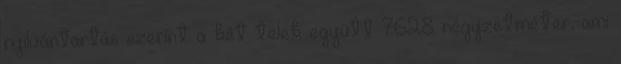
nyilvántartás szerint a két telek együtt 7628 négyzetméter, ami